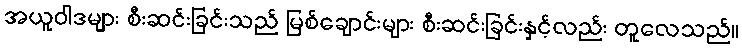
အယူဝါဒများ စီးဆင်းခြင်းသည် မြစ်ချောင်းများ စီးဆင်းခြင်းနှင့်လည်း တူလေသည်။